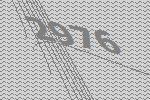
2976